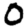
Digit: 0